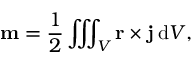
\mathbf { m } = { \frac { 1 } { 2 } } \iiint _ { V } \mathbf { r } \times \mathbf { j } \, \mathrm { { d } } V ,